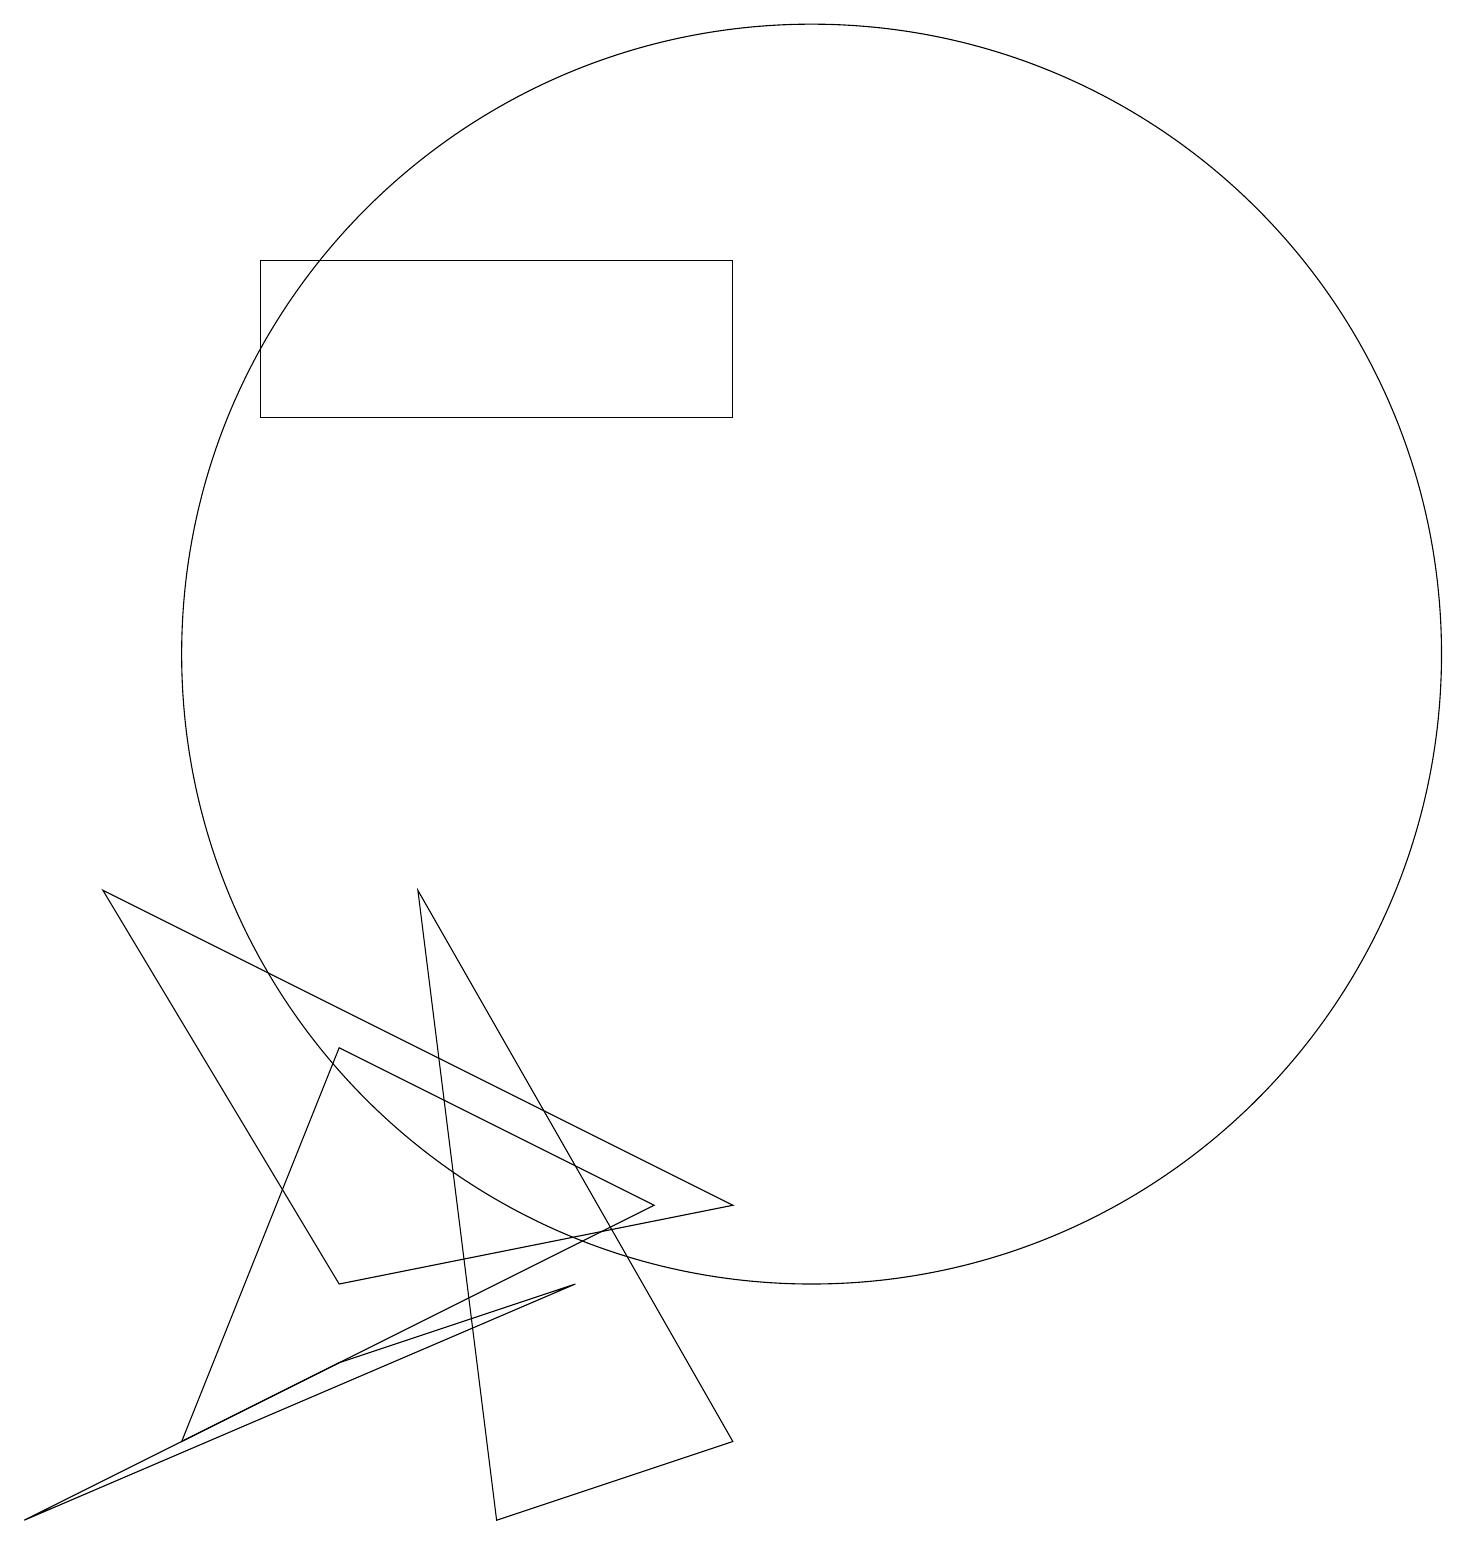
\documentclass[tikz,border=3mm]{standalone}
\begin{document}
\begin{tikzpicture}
\draw (4,2) -- (0,0) -- (7,3) -- cycle;
\draw (8,4) -- (4,6) -- (2,1) -- cycle;
\draw (9,1) -- (5,8) -- (6,0) -- cycle;
\draw (10,11) circle (8);
\draw (4,3) -- (1,8) -- (9,4) -- cycle;
\draw (9,14) rectangle (3,16);
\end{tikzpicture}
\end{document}